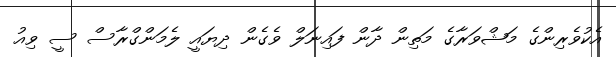
އެކުވެރިންގެ މަޝްވަރާގެ މަތިން ދާން ފައިނަލް ވެގެން ދިޔައީ ލެމަންގްރާސް ސީ ވިއު